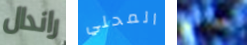
راندال المحلي تجديد